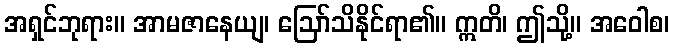
အရှင်ဘုရား။ အာမဇာနေယျ၊ ဩော်သိနိုင်ရာ၏။ ဣတိ၊ ဤသို့။ အဝေါစ၊